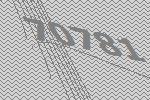
70781